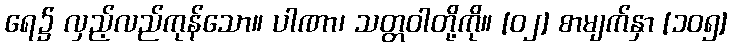
ရေ၌ လှည့်လည်ကုန်သော။ ပါဏာ၊ သတ္တဝါတို့ကို။ [၀၂] စာမျက်နှာ [၁၀၅]